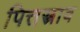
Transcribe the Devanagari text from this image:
पित्तस्त्राव